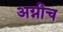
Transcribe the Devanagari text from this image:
अग्नीच